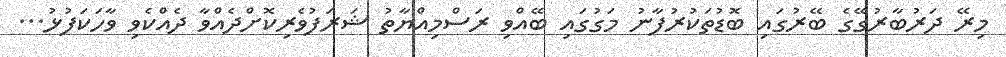
މިރޭ ދަރުބާރުގޭގެ ބޭރުގައި ބޮޑުތަކުރުފާނު މަގުގައި ބޭއްވި ރަސްމިއްޔާތު ޝަރަފުވެރިކޮށްދެއްވާ ދެއްކެވި ވާހަކަފުޅު...